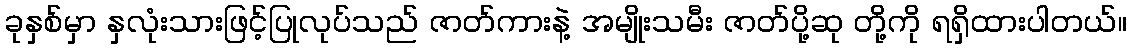
ခုနှစ်မှာ နှလုံးသားဖြင့်ပြုလုပ်သည် ဇာတ်ကားနဲ့ အမျိုးသမီး ဇာတ်ပို့ဆု တို့ကို ရရှိထားပါတယ်။